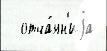
  отча́ян'иjа